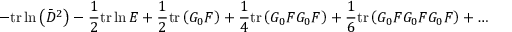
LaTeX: - \mathrm { t r } \ln \left( \bar { D } ^ { 2 } \right) - \frac { 1 } { 2 } \mathrm { t r } \ln E + \frac { 1 } { 2 } \mathrm { t r } \left( G _ { 0 } F \right) + \frac { 1 } { 4 } \mathrm { t r } \left( G _ { 0 } F G _ { 0 } F \right) + \frac { 1 } { 6 } \mathrm { t r } \left( G _ { 0 } F G _ { 0 } F G _ { 0 } F \right) + \ldots